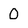
Character: 0